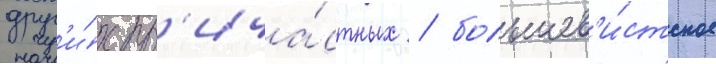
друг'и́х пр'ича́стных / большев'и́стское